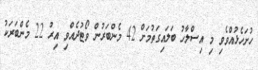
ހުށަހެޅުއްވެވި މި އިސްލާހު ބަލައިގަތުމަށް 42 މެންބަރުން ވޯޓުދެއްވި އިރު 22 މެންބަރަކު